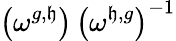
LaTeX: \left(\omega^{g,\mathfrak{h}}\right)\, \left(\omega^{\mathfrak{h},g}\right)^{-1}